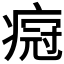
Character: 𬏸